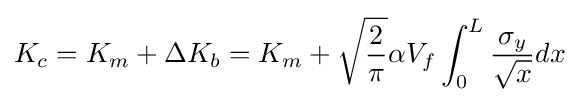
K_{c}=K_{m}+\Delta K_{b}=K_{m}+{\sqrt {\frac {2}{\pi }}}\alpha V_{f}\int _{0}^{L}{\frac {\sigma _{y}}{\sqrt {x}}}dx